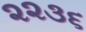
૨૨૩૬